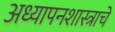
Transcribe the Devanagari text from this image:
अध्यापनशास्त्राचे